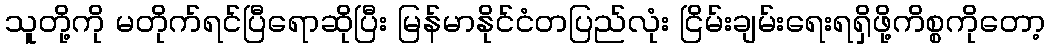
သူတို့ကို မတိုက်ရင်ပြီရောဆိုပြီး မြန်မာနိုင်ငံတပြည်လုံး ငြိမ်းချမ်းရေးရရှိဖို့ကိစ္စကိုတော့